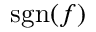
\operatorname { s g n } ( f )